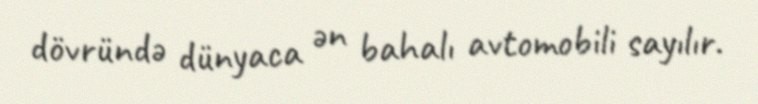
dövründə dünyaca ən bahalı avtomobili sayılır.